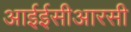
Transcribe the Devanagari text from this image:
आईईसीआरसी